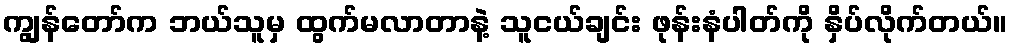
ကျွန်တော်က ဘယ်သူမှ ထွက်မလာတာနဲ့ သူငယ်ချင်း ဖုန်းနံပါတ်ကို နှိပ်လိုက်တယ်။